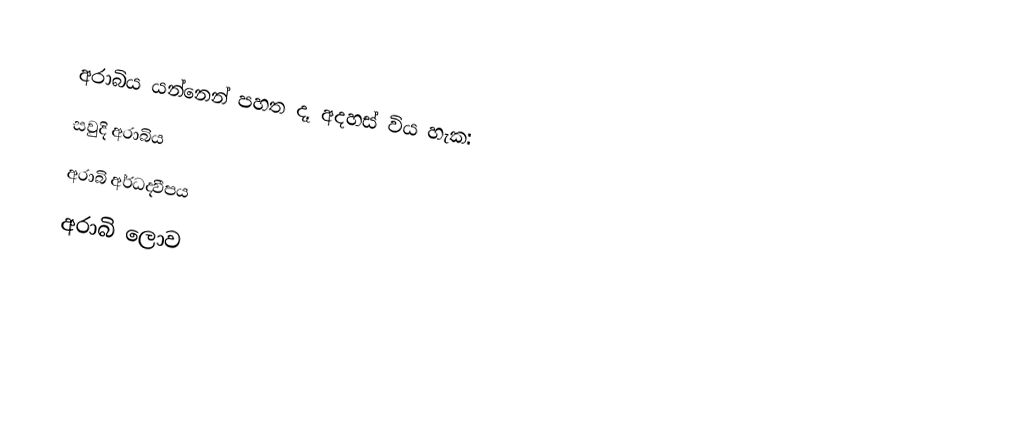
අරාබිය යන්නෙන් පහත දෑ අදහස් විය හැක:
 සවුදි අරාබිය
 අරාබි අර්ධද‍්වීපය
 අරාබි ලොව